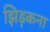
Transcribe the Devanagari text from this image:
झिड़कना